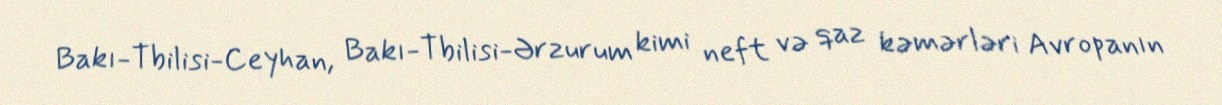
Bakı-Tbilisi-Ceyhan, Bakı-Tbilisi-Ərzurum kimi neft və qaz kəmərləri Avropanın